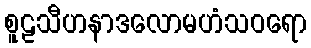
စူဠသီဟနာဒလောမဟံသဝရော